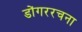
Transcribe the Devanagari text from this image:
डोंगररचना